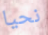
نحيا